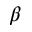
\beta